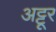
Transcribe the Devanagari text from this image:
अट्टूर